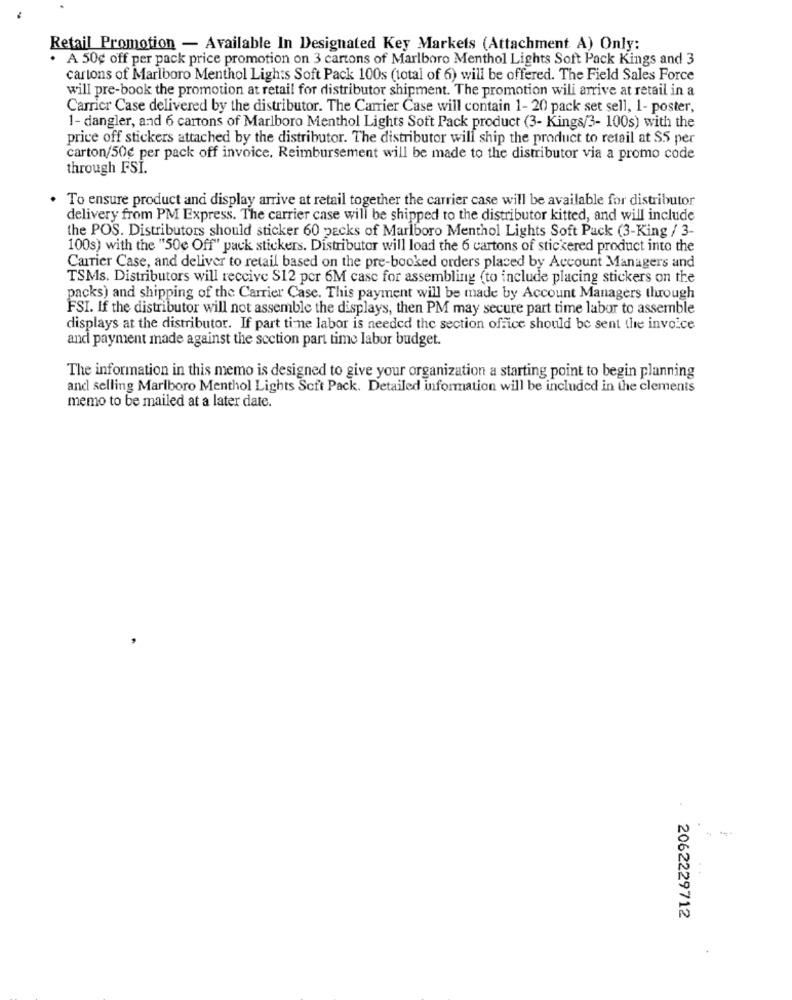
Retail Promotion - Available In Designated Key Markets (Attachment A) Only:
A 50¢ off per pack price promotion on 3 cartons of Marlboro Menthol Lights Soft Pack Kings and 3
cartons of Marlboro Menthol Lights Soft Pack 100s (total of 6) will be offered. The Field Sales Force
will pre-book the promotion at retail for distributor shipment. The promotion will arrive at retail in a
Carrier Case delivered by the distributor. The Carrier Case will contain 1- 20 pack set sell, 1- poster,
1- dangler, and 6 cartons of Marlboro Menthol Lights Soft Pack product (3- Kings/3- 100s) with the
price off stickers attached by the distributor. The distributor will ship the product to retail at SS per
carton/50€ per pack off invoice. Reimbursement will be made to the distributor via a promo code
through FSI.
To ensure product and display arrive at retail together the carrier case will be available for distributor
delivery from PM Express. The carrier case will be shipped to the distributor kitted, and will include
the POS. Distributors should sticker 60 packs of Marlboro Menthol Lights Soft Pack (3-King / 3-
100s) with the "50e Off" pack stickers. Distributor will load the 6 cartons of stickered product into the
Carrier Case, and deliver to retail based on the pre-booked orders placed by Account Managers and
TSMs. Distributors will receive S12 per 6M case for assembling (to include placing stickers on the
packs) and shipping of the Carrier Case. This payment will be made by Account Managers through
FSI. If the distributor will not assemble the displays, then PM may secure part time labor to assemble
displays at the distributor. If part ti-ne labor is needed the section office should be sent the invoice
and payment made against the section part time labor budget.
The information in this memo is designed to give your organization a starting point to begin planning
and selling Marlboro Menthol Lights Soft Pack. Detailed information will be included in the clements
memo to be mailed at a later date.
2062229712